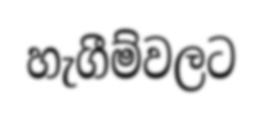
හැගීම්වලට